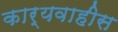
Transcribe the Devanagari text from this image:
कार्यवाहीस